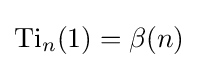
\operatorname {Ti} _{n}(1)=\beta (n)